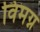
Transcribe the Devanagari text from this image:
विमग्न